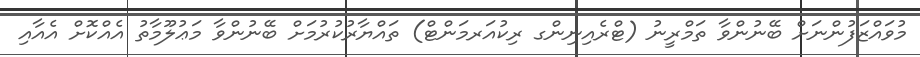
މުވައްޒަފުންނަށް ބޭނުންވާ ތަމްރީނު (ޓްރެއިނިންގ ރިކުއަރމަންޓް) ތައްޔާރުކުރުމަށް ބޭނުންވާ މަޢުލޫމާތު އެއްކޮށް އެއާއި